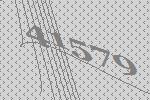
41579